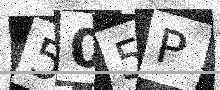
Text: 505P